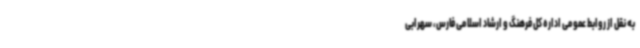
به نقل از روابط عمومی اداره کل فرهنگ و ارشاد اسلامی فارس، سهرابی